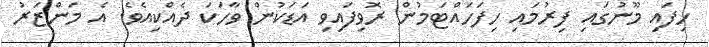
ހިފައި މޫނުގައި ފިރުމައި ހިފަހައްޓަމުން ރޮވިފައިވި އަޑަކުން ވާހަކަ ދެއްކިއެވެ. އެ މަންޒަރު